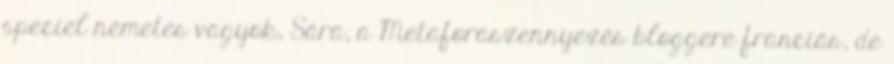
speciel németes vagyok, Sára, a Metaforaszennyezés bloggere franciás, de